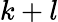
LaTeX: k+l